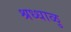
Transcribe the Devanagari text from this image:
श्रध्धाळु